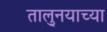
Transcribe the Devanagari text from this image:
तालु्नयाच्या